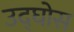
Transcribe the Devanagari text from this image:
उद्घोस